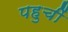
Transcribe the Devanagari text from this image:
पहुचीं